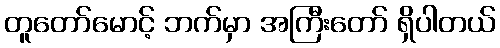
တူတော်မောင့် ဘက်မှာ အကြီးတော် ရှိပါတယ်